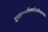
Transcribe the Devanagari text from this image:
द्वारा२००३मेंस्थापितकियागया।